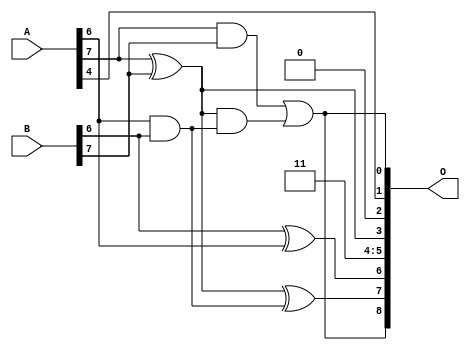
/***
* This code is a part of EvoApproxLib library (ehw.fit.vutbr.cz/approxlib) distributed under The MIT License.
* When used, please cite the following article(s): PRABAKARAN B. S., MRAZEK V., VASICEK Z., SEKANINA L., SHAFIQUE M. ApproxFPGAs: Embracing ASIC-based Approximate Arithmetic Components for FPGA-Based Systems. DAC 2020. 
***/
// MAE% = 4.43 %
// MAE = 23 
// WCE% = 14.84 %
// WCE = 76 
// WCRE% = 4700.00 %
// EP% = 98.65 %
// MRE% = 12.37 %
// MSE = 775 
// FPGA_POWER = 0.28
// FPGA_DELAY = 6.0
// FPGA_LUT = 3.0


module add8u_0AX(A, B, O);
  input [7:0] A, B;
  output [8:0] O;
  wire sig_44, sig_47, sig_49, sig_50;
  assign O[2] = 1'b0;
  assign O[5] = 1'b1;
  assign O[4] = 1'b1;
  assign O[6] = B[6] ^ A[6];
  assign sig_44 = A[6] & B[6];
  assign sig_47 = sig_44;
  assign O[3] = A[7] ^ B[7];
  assign sig_49 = A[7] & B[7];
  assign sig_50 = O[3] & sig_47;
  assign O[7] = O[3] ^ sig_47;
  assign O[0] = sig_49 | sig_50;
  assign O[1] = A[4];
  assign O[8] = O[0];
endmodule